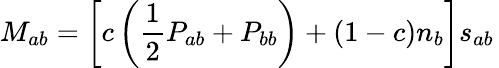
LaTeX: M_{ab}=\left[c\left(\frac{1}{2}P_{ab}+P_{bb}\right)+(1-c)n_{b}\right]s_{ab}\,